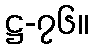
ဋ္ဌ-၇၆။